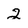
Character: 2